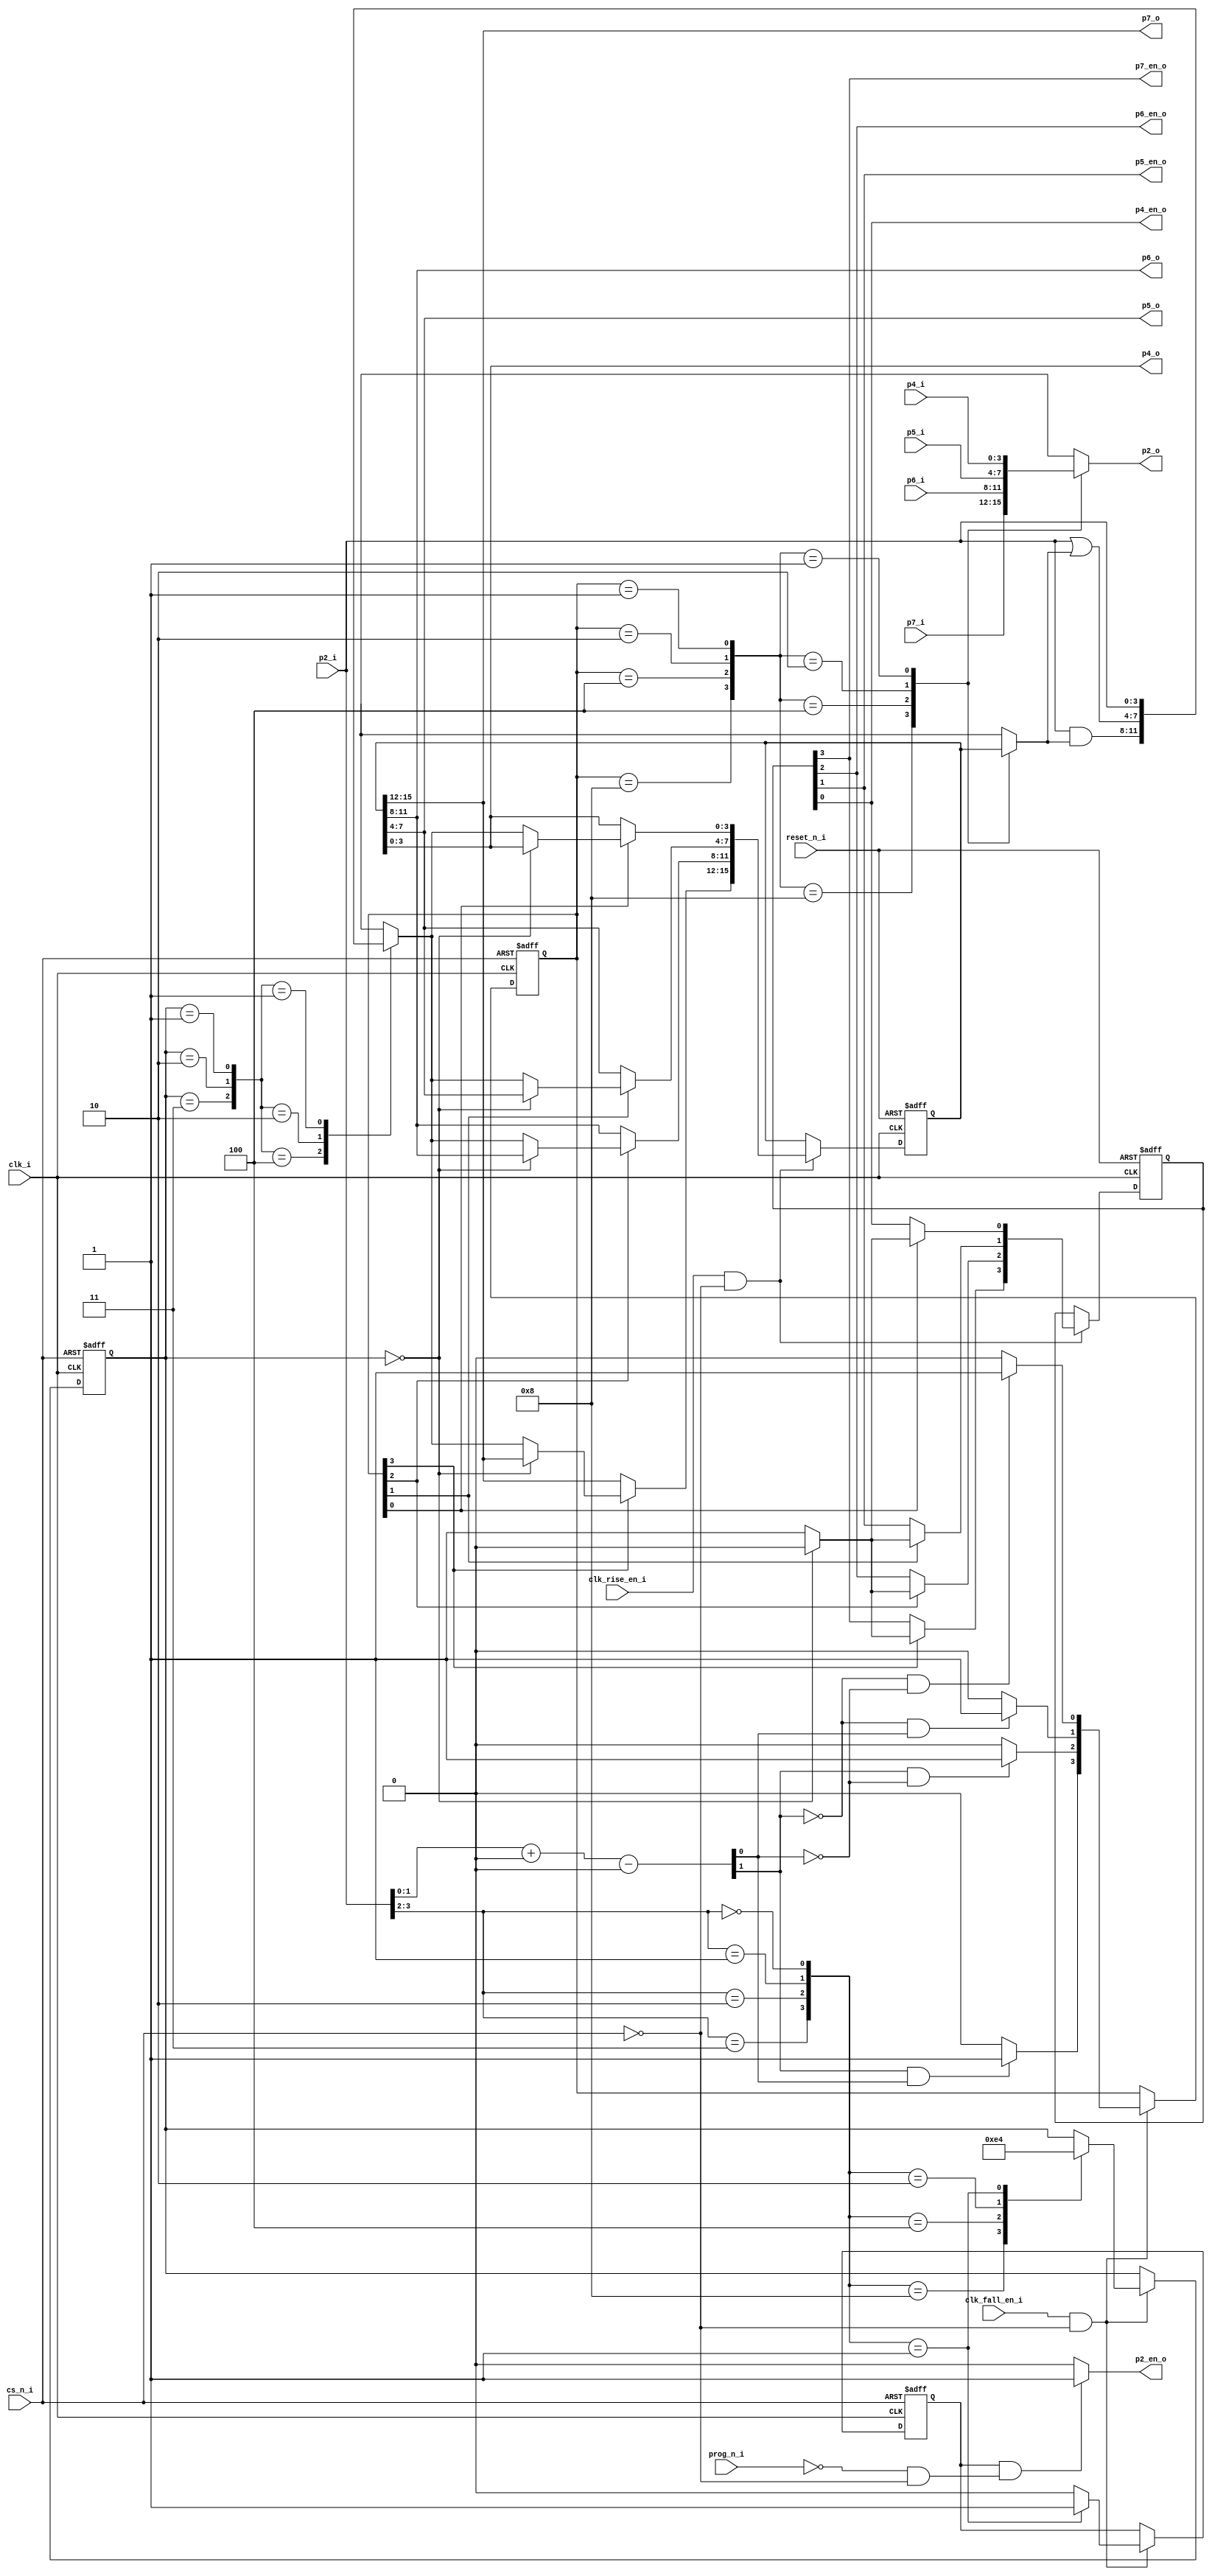
// This program was cloned from: https://github.com/jotego/jtcores
// License: GNU General Public License v3.0

module t8243_core_1
  (input  clk_i,
   input  clk_rise_en_i,
   input  clk_fall_en_i,
   input  reset_n_i,
   input  cs_n_i,
   input  prog_n_i,
   input  [3:0] p2_i,
   input  [3:0] p4_i,
   input  [3:0] p5_i,
   input  [3:0] p6_i,
   input  [3:0] p7_i,
   output [3:0] p2_o,
   output p2_en_o,
   output [3:0] p4_o,
   output p4_en_o,
   output [3:0] p5_o,
   output p5_en_o,
   output [3:0] p6_o,
   output p6_en_o,
   output [3:0] p7_o,
   output p7_en_o);
  wire [1:0] instr_q;
  wire [3:0] px_sel_q;
  wire [3:0] px_en_q;
  wire p2_en_q;
  wire [15:0] px_latch_q;
  wire [3:0] data_s;
  wire [3:0] p2_s;
  wire [3:0] p4_s;
  wire [3:0] p5_s;
  wire [3:0] p6_s;
  wire [3:0] p7_s;
  wire n68_o;
  wire n69_o;
  wire [1:0] n70_o;
  wire [30:0] n71_o;
  wire [31:0] n72_o;
  wire [31:0] n74_o;
  wire [1:0] n75_o;
  wire [1:0] n77_o;
  localparam [3:0] n79_o = 4'b0000;
  wire [1:0] n83_o;
  wire n85_o;
  wire n87_o;
  wire n89_o;
  wire n91_o;
  wire [3:0] n92_o;
  reg [1:0] n97_o;
  reg n100_o;
  wire n116_o;
  wire n118_o;
  wire n119_o;
  wire n120_o;
  wire n122_o;
  wire n125_o;
  wire [3:0] n126_o;
  wire [3:0] n127_o;
  wire n128_o;
  wire n129_o;
  wire [3:0] n130_o;
  wire [3:0] n131_o;
  wire n132_o;
  wire n134_o;
  wire n137_o;
  wire [3:0] n138_o;
  wire [3:0] n139_o;
  wire n140_o;
  wire n141_o;
  wire [3:0] n142_o;
  wire [3:0] n143_o;
  wire n144_o;
  wire n146_o;
  wire n149_o;
  wire [3:0] n150_o;
  wire [3:0] n151_o;
  wire n152_o;
  wire n153_o;
  wire [3:0] n154_o;
  wire [3:0] n155_o;
  wire n156_o;
  wire n158_o;
  wire n161_o;
  wire [3:0] n162_o;
  wire [3:0] n163_o;
  wire n164_o;
  wire n165_o;
  wire [3:0] n166_o;
  wire [3:0] n167_o;
  wire [3:0] n168_o;
  wire [15:0] n170_o;
  wire [3:0] n181_o;
  wire n183_o;
  wire [3:0] n184_o;
  wire n186_o;
  wire [3:0] n187_o;
  wire n189_o;
  wire [3:0] n190_o;
  wire n192_o;
  wire [3:0] n193_o;
  reg [3:0] n195_o;
  reg [3:0] n197_o;
  wire n199_o;
  wire [3:0] n200_o;
  wire n202_o;
  wire [3:0] n203_o;
  wire n205_o;
  wire [2:0] n206_o;
  reg [3:0] n208_o;
  wire n211_o;
  wire n212_o;
  wire n213_o;
  wire n214_o;
  wire n215_o;
  wire [3:0] n217_o;
  wire n218_o;
  wire [3:0] n219_o;
  wire n220_o;
  wire [3:0] n221_o;
  wire n222_o;
  wire [3:0] n223_o;
  wire n224_o;
  wire [1:0] n225_o;
  reg [1:0] n226_q;
  wire [3:0] n227_o;
  reg [3:0] n228_q;
  wire [3:0] n229_o;
  reg [3:0] n230_q;
  wire n231_o;
  reg n232_q;
  wire [15:0] n233_o;
  reg [15:0] n234_q;
  wire n235_o;
  wire n236_o;
  wire n237_o;
  wire n238_o;
  wire n239_o;
  wire n240_o;
  wire n241_o;
  wire n242_o;
  wire n243_o;
  wire n244_o;
  wire n245_o;
  wire n246_o;
  wire n247_o;
  wire n248_o;
  wire n249_o;
  wire n250_o;
  wire [3:0] n251_o;
  assign p2_o = n195_o;
  assign p2_en_o = n215_o;
  assign p4_o = n217_o;
  assign p4_en_o = n218_o;
  assign p5_o = n219_o;
  assign p5_en_o = n220_o;
  assign p6_o = n221_o;
  assign p6_en_o = n222_o;
  assign p7_o = n223_o;
  assign p7_en_o = n224_o;
  /* t8243_core.vhd:107:12  */
  assign instr_q = n226_q; // (signal)
  /* t8243_core.vhd:115:11  */
  assign px_sel_q = n228_q; // (signal)
  /* t8243_core.vhd:117:11  */
  assign px_en_q = n230_q; // (signal)
  /* t8243_core.vhd:118:11  */
  assign p2_en_q = n232_q; // (signal)
  /* t8243_core.vhd:122:11  */
  assign px_latch_q = n234_q; // (signal)
  /* t8243_core.vhd:124:11  */
  assign data_s = n208_o; // (signal)
  /* t8243_core.vhd:126:11  */
  assign p2_s = p2_i; // (signal)
  /* t8243_core.vhd:127:11  */
  assign p4_s = p4_i; // (signal)
  /* t8243_core.vhd:128:11  */
  assign p5_s = p5_i; // (signal)
  /* t8243_core.vhd:129:11  */
  assign p6_s = p6_i; // (signal)
  /* t8243_core.vhd:130:11  */
  assign p7_s = p7_i; // (signal)
  /* t8243_core.vhd:157:17  */
  assign n68_o = ~cs_n_i;
  /* t8243_core.vhd:157:23  */
  assign n69_o = clk_fall_en_i & n68_o;
  /* t8243_core.vhd:160:42  */
  assign n70_o = p2_s[1:0];
  /* t8243_core.vhd:160:18  */
  assign n71_o = {29'b0, n70_o};  //  uext
  /* t8243_core.vhd:160:57  */
  assign n72_o = {1'b0, n71_o};  //  uext
  /* t8243_core.vhd:160:57  */
  assign n74_o = n72_o + 32'b00000000000000000000000000000100;
  /* t8243_core.vhd:160:57  */
  assign n75_o = n74_o[1:0];  // trunc
  /* t8243_core.vhd:160:57  */
  assign n77_o = n75_o - 2'b00;
  /* t8243_core.vhd:166:18  */
  assign n83_o = p2_s[3:2];
  /* t8243_core.vhd:167:11  */
  assign n85_o = n83_o == 2'b00;
  /* t8243_core.vhd:170:11  */
  assign n87_o = n83_o == 2'b01;
  /* t8243_core.vhd:172:11  */
  assign n89_o = n83_o == 2'b10;
  /* t8243_core.vhd:174:11  */
  assign n91_o = n83_o == 2'b11;
  assign n92_o = {n91_o, n89_o, n87_o, n85_o};
  /* t8243_core.vhd:166:9  */
  always @*
    case (n92_o)
      4'b1000: n97_o = 2'b11;
      4'b0100: n97_o = 2'b10;
      4'b0010: n97_o = 2'b01;
      4'b0001: n97_o = 2'b00;
      default: n97_o = instr_q;
    endcase
  /* t8243_core.vhd:166:9  */
  always @*
    case (n92_o)
      4'b1000: n100_o = 1'b0;
      4'b0100: n100_o = 1'b0;
      4'b0010: n100_o = 1'b0;
      4'b0001: n100_o = 1'b1;
      default: n100_o = 1'b0;
    endcase
  /* t8243_core.vhd:196:18  */
  assign n116_o = ~reset_n_i;
  /* t8243_core.vhd:201:17  */
  assign n118_o = ~cs_n_i;
  /* t8243_core.vhd:201:23  */
  assign n119_o = clk_rise_en_i & n118_o;
  /* t8243_core.vhd:203:22  */
  assign n120_o = px_sel_q[3];
  /* t8243_core.vhd:204:24  */
  assign n122_o = instr_q == 2'b00;
  /* t8243_core.vhd:204:13  */
  assign n125_o = n122_o ? 1'b0 : 1'b1;
  assign n126_o = px_latch_q[15:12];
  /* t8243_core.vhd:204:13  */
  assign n127_o = n122_o ? n126_o : data_s;
  assign n128_o = px_en_q[3];
  /* t8243_core.vhd:203:11  */
  assign n129_o = n120_o ? n125_o : n128_o;
  assign n130_o = px_latch_q[15:12];
  /* t8243_core.vhd:203:11  */
  assign n131_o = n120_o ? n127_o : n130_o;
  /* t8243_core.vhd:203:22  */
  assign n132_o = px_sel_q[2];
  /* t8243_core.vhd:204:24  */
  assign n134_o = instr_q == 2'b00;
  /* t8243_core.vhd:204:13  */
  assign n137_o = n134_o ? 1'b0 : 1'b1;
  assign n138_o = px_latch_q[11:8];
  /* t8243_core.vhd:204:13  */
  assign n139_o = n134_o ? n138_o : data_s;
  assign n140_o = px_en_q[2];
  /* t8243_core.vhd:203:11  */
  assign n141_o = n132_o ? n137_o : n140_o;
  assign n142_o = px_latch_q[11:8];
  /* t8243_core.vhd:203:11  */
  assign n143_o = n132_o ? n139_o : n142_o;
  /* t8243_core.vhd:203:22  */
  assign n144_o = px_sel_q[1];
  /* t8243_core.vhd:204:24  */
  assign n146_o = instr_q == 2'b00;
  /* t8243_core.vhd:204:13  */
  assign n149_o = n146_o ? 1'b0 : 1'b1;
  assign n150_o = px_latch_q[7:4];
  /* t8243_core.vhd:204:13  */
  assign n151_o = n146_o ? n150_o : data_s;
  assign n152_o = px_en_q[1];
  /* t8243_core.vhd:203:11  */
  assign n153_o = n144_o ? n149_o : n152_o;
  assign n154_o = px_latch_q[7:4];
  /* t8243_core.vhd:203:11  */
  assign n155_o = n144_o ? n151_o : n154_o;
  /* t8243_core.vhd:203:22  */
  assign n156_o = px_sel_q[0];
  /* t8243_core.vhd:204:24  */
  assign n158_o = instr_q == 2'b00;
  /* t8243_core.vhd:204:13  */
  assign n161_o = n158_o ? 1'b0 : 1'b1;
  assign n162_o = px_latch_q[3:0];
  /* t8243_core.vhd:204:13  */
  assign n163_o = n158_o ? n162_o : data_s;
  assign n164_o = px_en_q[0];
  /* t8243_core.vhd:203:11  */
  assign n165_o = n156_o ? n161_o : n164_o;
  assign n166_o = px_latch_q[3:0];
  /* t8243_core.vhd:203:11  */
  assign n167_o = n156_o ? n163_o : n166_o;
  assign n168_o = {n129_o, n141_o, n153_o, n165_o};
  assign n170_o = {n131_o, n143_o, n155_o, n167_o};
  /* t8243_core.vhd:244:29  */
  assign n181_o = px_latch_q[3:0];
  /* t8243_core.vhd:243:7  */
  assign n183_o = px_sel_q == 4'b0001;
  /* t8243_core.vhd:247:29  */
  assign n184_o = px_latch_q[7:4];
  /* t8243_core.vhd:246:7  */
  assign n186_o = px_sel_q == 4'b0010;
  /* t8243_core.vhd:250:29  */
  assign n187_o = px_latch_q[11:8];
  /* t8243_core.vhd:249:7  */
  assign n189_o = px_sel_q == 4'b0100;
  /* t8243_core.vhd:253:29  */
  assign n190_o = px_latch_q[15:12];
  /* t8243_core.vhd:252:7  */
  assign n192_o = px_sel_q == 4'b1000;
  assign n193_o = {n192_o, n189_o, n186_o, n183_o};
  /* t8243_core.vhd:242:5  */
  always @*
    case (n193_o)
      4'b1000: n195_o = p7_s;
      4'b0100: n195_o = p6_s;
      4'b0010: n195_o = p5_s;
      4'b0001: n195_o = p4_s;
      default: n195_o = 4'bX;
    endcase
  /* t8243_core.vhd:242:5  */
  always @*
    case (n193_o)
      4'b1000: n197_o = n190_o;
      4'b0100: n197_o = n187_o;
      4'b0010: n197_o = n184_o;
      4'b0001: n197_o = n181_o;
      default: n197_o = 4'bX;
    endcase
  /* t8243_core.vhd:261:7  */
  assign n199_o = instr_q == 2'b01;
  /* t8243_core.vhd:264:24  */
  assign n200_o = p2_s | n197_o;
  /* t8243_core.vhd:263:7  */
  assign n202_o = instr_q == 2'b10;
  /* t8243_core.vhd:266:24  */
  assign n203_o = p2_s & n197_o;
  /* t8243_core.vhd:265:7  */
  assign n205_o = instr_q == 2'b11;
  assign n206_o = {n205_o, n202_o, n199_o};
  /* t8243_core.vhd:260:5  */
  always @*
    case (n206_o)
      3'b100: n208_o = n203_o;
      3'b010: n208_o = n200_o;
      3'b001: n208_o = p2_s;
      default: n208_o = 4'bX;
    endcase
  /* t8243_core.vhd:280:26  */
  assign n211_o = ~cs_n_i;
  /* t8243_core.vhd:280:45  */
  assign n212_o = ~prog_n_i;
  /* t8243_core.vhd:280:32  */
  assign n213_o = n212_o & n211_o;
  /* t8243_core.vhd:280:51  */
  assign n214_o = p2_en_q & n213_o;
  /* t8243_core.vhd:280:14  */
  assign n215_o = n214_o ? 1'b1 : 1'b0;
  /* t8243_core.vhd:282:24  */
  assign n217_o = px_latch_q[3:0];
  /* t8243_core.vhd:283:21  */
  assign n218_o = px_en_q[0];
  /* t8243_core.vhd:284:24  */
  assign n219_o = px_latch_q[7:4];
  /* t8243_core.vhd:285:21  */
  assign n220_o = px_en_q[1];
  /* t8243_core.vhd:286:24  */
  assign n221_o = px_latch_q[11:8];
  /* t8243_core.vhd:287:21  */
  assign n222_o = px_en_q[2];
  /* t8243_core.vhd:288:24  */
  assign n223_o = px_latch_q[15:12];
  /* t8243_core.vhd:289:21  */
  assign n224_o = px_en_q[3];
  /* t8243_core.vhd:156:5  */
  assign n225_o = n69_o ? n97_o : instr_q;
  /* t8243_core.vhd:156:5  */
  always @(negedge clk_i or posedge cs_n_i)
    if (cs_n_i)
      n226_q <= 2'b01;
    else
      n226_q <= n225_o;
  /* t8243_core.vhd:156:5  */
  assign n227_o = n69_o ? n251_o : px_sel_q;
  /* t8243_core.vhd:156:5  */
  always @(negedge clk_i or posedge cs_n_i)
    if (cs_n_i)
      n228_q <= 4'b0000;
    else
      n228_q <= n227_o;
  /* t8243_core.vhd:200:5  */
  assign n229_o = n119_o ? n168_o : px_en_q;
  /* t8243_core.vhd:200:5  */
  always @(posedge clk_i or posedge n116_o)
    if (n116_o)
      n230_q <= 4'b0000;
    else
      n230_q <= n229_o;
  /* t8243_core.vhd:156:5  */
  assign n231_o = n69_o ? n100_o : p2_en_q;
  /* t8243_core.vhd:156:5  */
  always @(negedge clk_i or posedge cs_n_i)
    if (cs_n_i)
      n232_q <= 1'b0;
    else
      n232_q <= n231_o;
  /* t8243_core.vhd:200:5  */
  assign n233_o = n119_o ? n170_o : px_latch_q;
  /* t8243_core.vhd:200:5  */
  always @(posedge clk_i or posedge n116_o)
    if (n116_o)
      n234_q <= 16'b0000000000000000;
    else
      n234_q <= n233_o;
  /* t8243_core.vhd:160:9  */
  assign n235_o = n77_o[1];
  /* t8243_core.vhd:160:9  */
  assign n236_o = ~n235_o;
  /* t8243_core.vhd:160:9  */
  assign n237_o = n77_o[0];
  /* t8243_core.vhd:160:9  */
  assign n238_o = ~n237_o;
  /* t8243_core.vhd:160:9  */
  assign n239_o = n236_o & n238_o;
  /* t8243_core.vhd:160:9  */
  assign n240_o = n236_o & n237_o;
  /* t8243_core.vhd:160:9  */
  assign n241_o = n235_o & n238_o;
  /* t8243_core.vhd:160:9  */
  assign n242_o = n235_o & n237_o;
  /* t8243_core.vhd:68:5  */
  assign n243_o = n79_o[0];
  /* t8243_core.vhd:160:9  */
  assign n244_o = n239_o ? 1'b1 : n243_o;
  assign n245_o = n79_o[1];
  /* t8243_core.vhd:160:9  */
  assign n246_o = n240_o ? 1'b1 : n245_o;
  /* t8243_core.vhd:239:14  */
  assign n247_o = n79_o[2];
  /* t8243_core.vhd:160:9  */
  assign n248_o = n241_o ? 1'b1 : n247_o;
  assign n249_o = n79_o[3];
  /* t8243_core.vhd:160:9  */
  assign n250_o = n242_o ? 1'b1 : n249_o;
  /* t8243_core.vhd:200:5  */
  assign n251_o = {n250_o, n248_o, n246_o, n244_o};
endmodule

module t8243_sync_notri
  (input  clk_i,
   input  clk_en_i,
   input  reset_n_i,
   input  cs_n_i,
   input  prog_n_i,
   input  [3:0] p2_i,
   input  [3:0] p4_i,
   input  [3:0] p5_i,
   input  [3:0] p6_i,
   input  [3:0] p7_i,
   output [3:0] p2_o,
   output p2_en_o,
   output [3:0] p4_o,
   output p4_en_o,
   output [3:0] p5_o,
   output p5_en_o,
   output [3:0] p6_o,
   output p6_en_o,
   output [3:0] p7_o,
   output p7_en_o);
  wire prog_n_q;
  wire clk_rise_en_s;
  wire clk_fall_en_s;
  wire n11_o;
  wire n18_o;
  wire n19_o;
  wire n20_o;
  wire n21_o;
  wire n22_o;
  wire n23_o;
  wire [3:0] t8243_core_b_n24;
  wire t8243_core_b_n25;
  wire [3:0] t8243_core_b_n26;
  wire t8243_core_b_n27;
  wire [3:0] t8243_core_b_n28;
  wire t8243_core_b_n29;
  wire [3:0] t8243_core_b_n30;
  wire t8243_core_b_n31;
  wire [3:0] t8243_core_b_n32;
  wire t8243_core_b_n33;
  wire [3:0] t8243_core_b_p2_o;
  wire t8243_core_b_p2_en_o;
  wire [3:0] t8243_core_b_p4_o;
  wire t8243_core_b_p4_en_o;
  wire [3:0] t8243_core_b_p5_o;
  wire t8243_core_b_p5_en_o;
  wire [3:0] t8243_core_b_p6_o;
  wire t8243_core_b_p6_en_o;
  wire [3:0] t8243_core_b_p7_o;
  wire t8243_core_b_p7_en_o;
  wire n54_o;
  reg n55_q;
  assign p2_o = t8243_core_b_n24;
  assign p2_en_o = t8243_core_b_n25;
  assign p4_o = t8243_core_b_n26;
  assign p4_en_o = t8243_core_b_n27;
  assign p5_o = t8243_core_b_n28;
  assign p5_en_o = t8243_core_b_n29;
  assign p6_o = t8243_core_b_n30;
  assign p6_en_o = t8243_core_b_n31;
  assign p7_o = t8243_core_b_n32;
  assign p7_en_o = t8243_core_b_n33;
  /* t8243_sync_notri.vhd:88:10  */
  assign prog_n_q = n55_q; // (signal)
  /* t8243_sync_notri.vhd:89:10  */
  assign clk_rise_en_s = n20_o; // (signal)
  /* t8243_sync_notri.vhd:90:10  */
  assign clk_fall_en_s = n23_o; // (signal)
  /* t8243_sync_notri.vhd:103:18  */
  assign n11_o = ~reset_n_i;
  /* t8243_sync_notri.vhd:117:20  */
  assign n18_o = ~prog_n_q;
  /* t8243_sync_notri.vhd:116:29  */
  assign n19_o = clk_en_i & n18_o;
  /* t8243_sync_notri.vhd:117:33  */
  assign n20_o = n19_o & prog_n_i;
  /* t8243_sync_notri.vhd:118:29  */
  assign n21_o = clk_en_i & prog_n_q;
  /* t8243_sync_notri.vhd:119:33  */
  assign n22_o = ~prog_n_i;
  /* t8243_sync_notri.vhd:119:29  */
  assign n23_o = n21_o & n22_o;
  /* t8243_sync_notri.vhd:137:24  */
  assign t8243_core_b_n24 = t8243_core_b_p2_o; // (signal)
  /* t8243_sync_notri.vhd:138:24  */
  assign t8243_core_b_n25 = t8243_core_b_p2_en_o; // (signal)
  /* t8243_sync_notri.vhd:140:24  */
  assign t8243_core_b_n26 = t8243_core_b_p4_o; // (signal)
  /* t8243_sync_notri.vhd:141:24  */
  assign t8243_core_b_n27 = t8243_core_b_p4_en_o; // (signal)
  /* t8243_sync_notri.vhd:143:24  */
  assign t8243_core_b_n28 = t8243_core_b_p5_o; // (signal)
  /* t8243_sync_notri.vhd:144:24  */
  assign t8243_core_b_n29 = t8243_core_b_p5_en_o; // (signal)
  /* t8243_sync_notri.vhd:146:24  */
  assign t8243_core_b_n30 = t8243_core_b_p6_o; // (signal)
  /* t8243_sync_notri.vhd:147:24  */
  assign t8243_core_b_n31 = t8243_core_b_p6_en_o; // (signal)
  /* t8243_sync_notri.vhd:149:24  */
  assign t8243_core_b_n32 = t8243_core_b_p7_o; // (signal)
  /* t8243_sync_notri.vhd:150:24  */
  assign t8243_core_b_n33 = t8243_core_b_p7_en_o; // (signal)
  /* t8243_sync_notri.vhd:125:3  */
  t8243_core_1 t8243_core_b (
    .clk_i(clk_i),
    .clk_rise_en_i(clk_rise_en_s),
    .clk_fall_en_i(clk_fall_en_s),
    .reset_n_i(reset_n_i),
    .cs_n_i(cs_n_i),
    .prog_n_i(prog_n_i),
    .p2_i(p2_i),
    .p4_i(p4_i),
    .p5_i(p5_i),
    .p6_i(p6_i),
    .p7_i(p7_i),
    .p2_o(t8243_core_b_p2_o),
    .p2_en_o(t8243_core_b_p2_en_o),
    .p4_o(t8243_core_b_p4_o),
    .p4_en_o(t8243_core_b_p4_en_o),
    .p5_o(t8243_core_b_p5_o),
    .p5_en_o(t8243_core_b_p5_en_o),
    .p6_o(t8243_core_b_p6_o),
    .p6_en_o(t8243_core_b_p6_en_o),
    .p7_o(t8243_core_b_p7_o),
    .p7_en_o(t8243_core_b_p7_en_o));
  /* t8243_sync_notri.vhd:105:5  */
  assign n54_o = clk_en_i ? prog_n_i : prog_n_q;
  /* t8243_sync_notri.vhd:105:5  */
  always @(posedge clk_i or posedge n11_o)
    if (n11_o)
      n55_q <= 1'b1;
    else
      n55_q <= n54_o;
endmodule